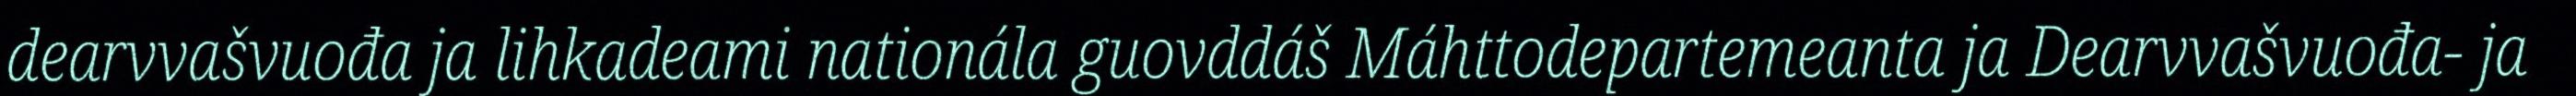
dearvvašvuođa ja lihkadeami nationála guovddáš Máhttodepartemeanta ja Dearvvašvuođa- ja